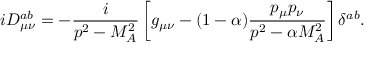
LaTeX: i D _ { \mu \nu } ^ { a b } = - \frac i { p ^ { 2 } - M _ { A } ^ { 2 } } \left[ g _ { \mu \nu } - ( 1 - \alpha ) \frac { p _ { \mu } p _ { \nu } } { p ^ { 2 } - \alpha M _ { A } ^ { 2 } } \right] \delta ^ { a b } .